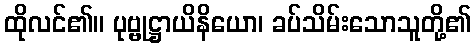
ထိုလင်၏။ ပုဗ္ဗုဋ္ဌာယိနိယော၊ ခပ်သိမ်းသောသူတို့၏